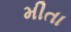
મીતા